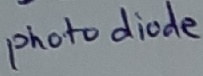
Text: photo diode